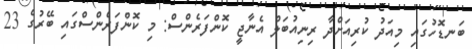
ބަނޑޮހުގައި މިއަދު ކުރިއަށްދާ ރިނިއުބަލް އެނާޖީ ކޮންފަރެންސް: މި ކޮންފަރެންސްގައި ބޭރުގެ 23